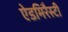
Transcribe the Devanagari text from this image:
ऐडमिरैस्टी